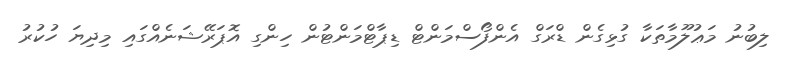
ލިބުނު މަޢުލޫމާތަކާ ގުޅިގެން ޑްރަގް އެންފޯސްމަންޓް ޑިޕާޓްމަންޓުން ހިންގި އޮޕަރޭޝަނެއްގައި މިދިޔަ ހުކުރު